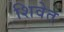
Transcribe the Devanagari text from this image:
शिवेत